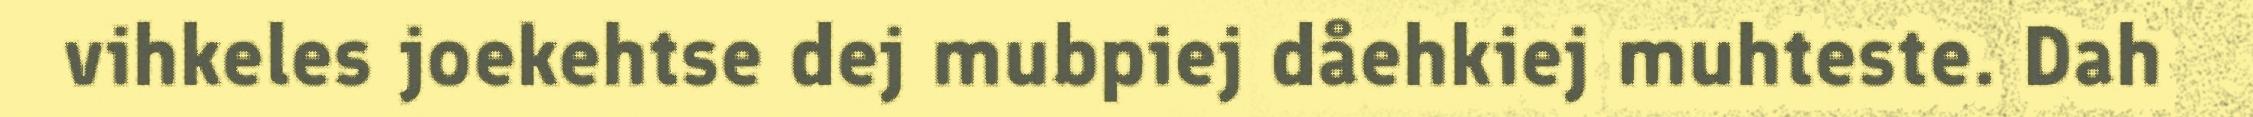
vihkeles joekehtse dej mubpiej dåehkiej muhteste. Dah